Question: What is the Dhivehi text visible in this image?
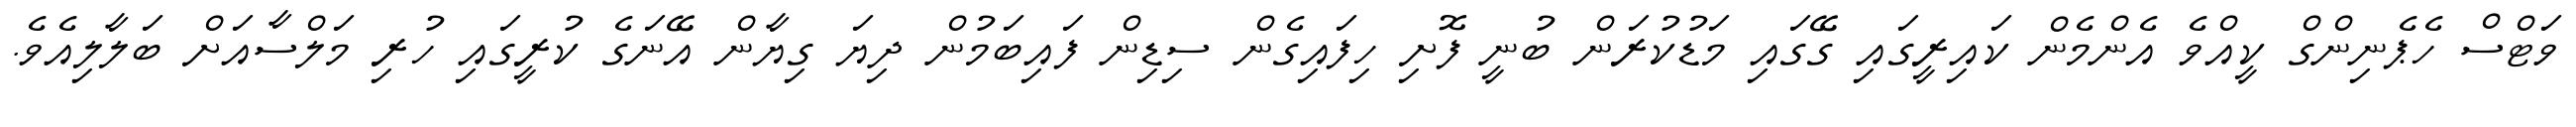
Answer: ވަޓްސް ހެޕެނިންގް ކީއްވެ އެންމެން ކައިރީގައި ގޭގައި މަޑުކުރަން ބުނީ ފޮށި ހިފައިގެން ސިޑިން ފައިބަމުން ދިޔަ ގިޔާން އޭނަގެ ކުރީގައި ހުރި މަލްސާއަށް ބަލާލިއެވެ.